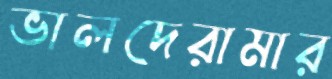
ভালদেরামার